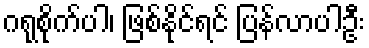
ဂရုစိုက်ပါ၊ ဖြစ်နိုင်ရင် ပြန်လာပါဦး